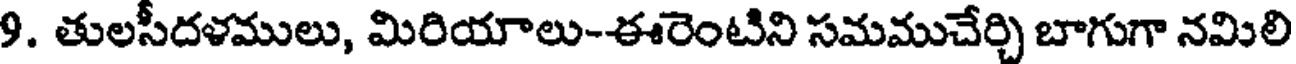
9. తులసీదళములు, మిరియాలు-ఈరెంటిని సమముచేర్చి బాగుగా నమిలి